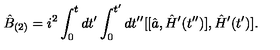
\hat { B } _ { ( 2 ) } = i ^ { 2 } \int _ { 0 } ^ { t } d t ^ { \prime } \int _ { 0 } ^ { t ^ { \prime } } d t ^ { \prime \prime } [ [ \hat { a } , \hat { H } ^ { \prime } ( t ^ { \prime \prime } ) ] , \hat { H } ^ { \prime } ( t ^ { \prime } ) ] .